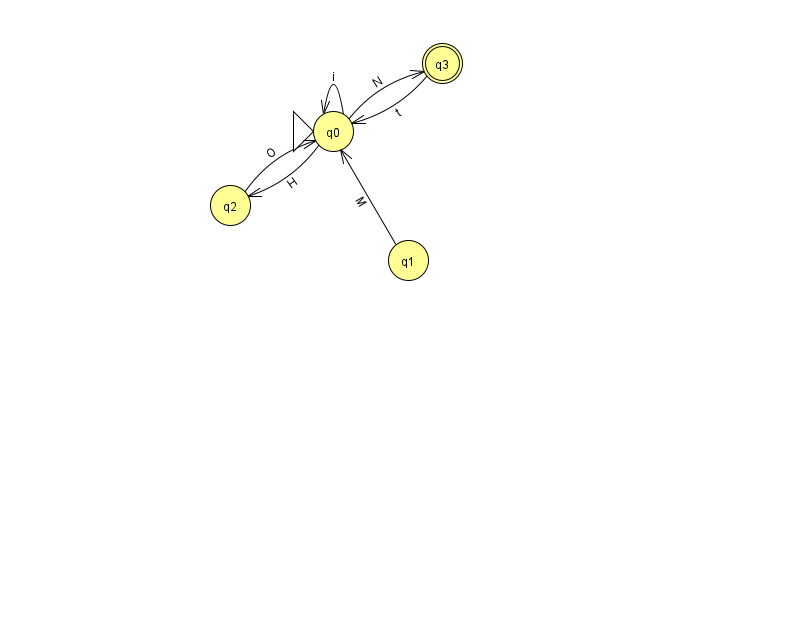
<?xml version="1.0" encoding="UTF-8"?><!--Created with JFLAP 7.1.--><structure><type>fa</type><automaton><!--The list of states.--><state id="0" name="q0"><x>333.0</x><y>118.0</y><initial/></state><state id="1" name="q1"><x>408.0</x><y>247.0</y></state><state id="2" name="q2"><x>230.0</x><y>192.0</y></state><state id="3" name="q3"><x>442.0</x><y>50.0</y><final/></state><!--The list of transitions.--><transition><from>0</from><to>3</to><read>N</read></transition><transition><from>1</from><to>0</to><read>M</read></transition><transition><from>2</from><to>0</to><read>O</read></transition><transition><from>0</from><to>0</to><read>i</read></transition><transition><from>3</from><to>0</to><read>t</read></transition><transition><from>0</from><to>2</to><read>H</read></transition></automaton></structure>